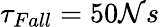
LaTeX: \tau_{Fall}=50\mathcal{N}s